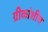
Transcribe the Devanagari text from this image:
ग्रीकांशीच